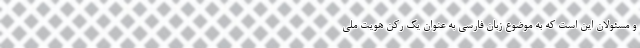
و مسئولان این است که به موضوع زبان فارسی به عنوان یک رکن هویت ملی